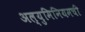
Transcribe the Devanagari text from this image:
अल्युमिनियमची